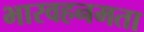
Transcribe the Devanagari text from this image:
भारवहनमता